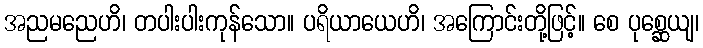
အညမညေဟိ၊ တပါးပါးကုန်သော။ ပရိယာယေဟိ၊ အကြောင်းတို့ဖြင့်။ စေ ပုစ္ဆေယျ၊